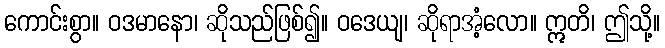
ကောင်းစွာ။ ဝဒမာနော၊ ဆိုသည်ဖြစ်၍။ ဝဒေယျ၊ ဆိုရာအံ့လော။ ဣတိ၊ ဤသို့။